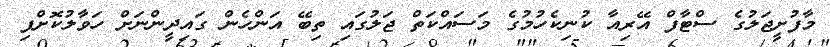
މާފުށީޖަލުގެ ސްޓާފް އޭރިއާ ކުނިކެހުމުގެ މަސައްކަތް ޖަލުގައި ތިބޭ އަންހެން ގައިދީންނަށް ހަވާލުކޮށްފި